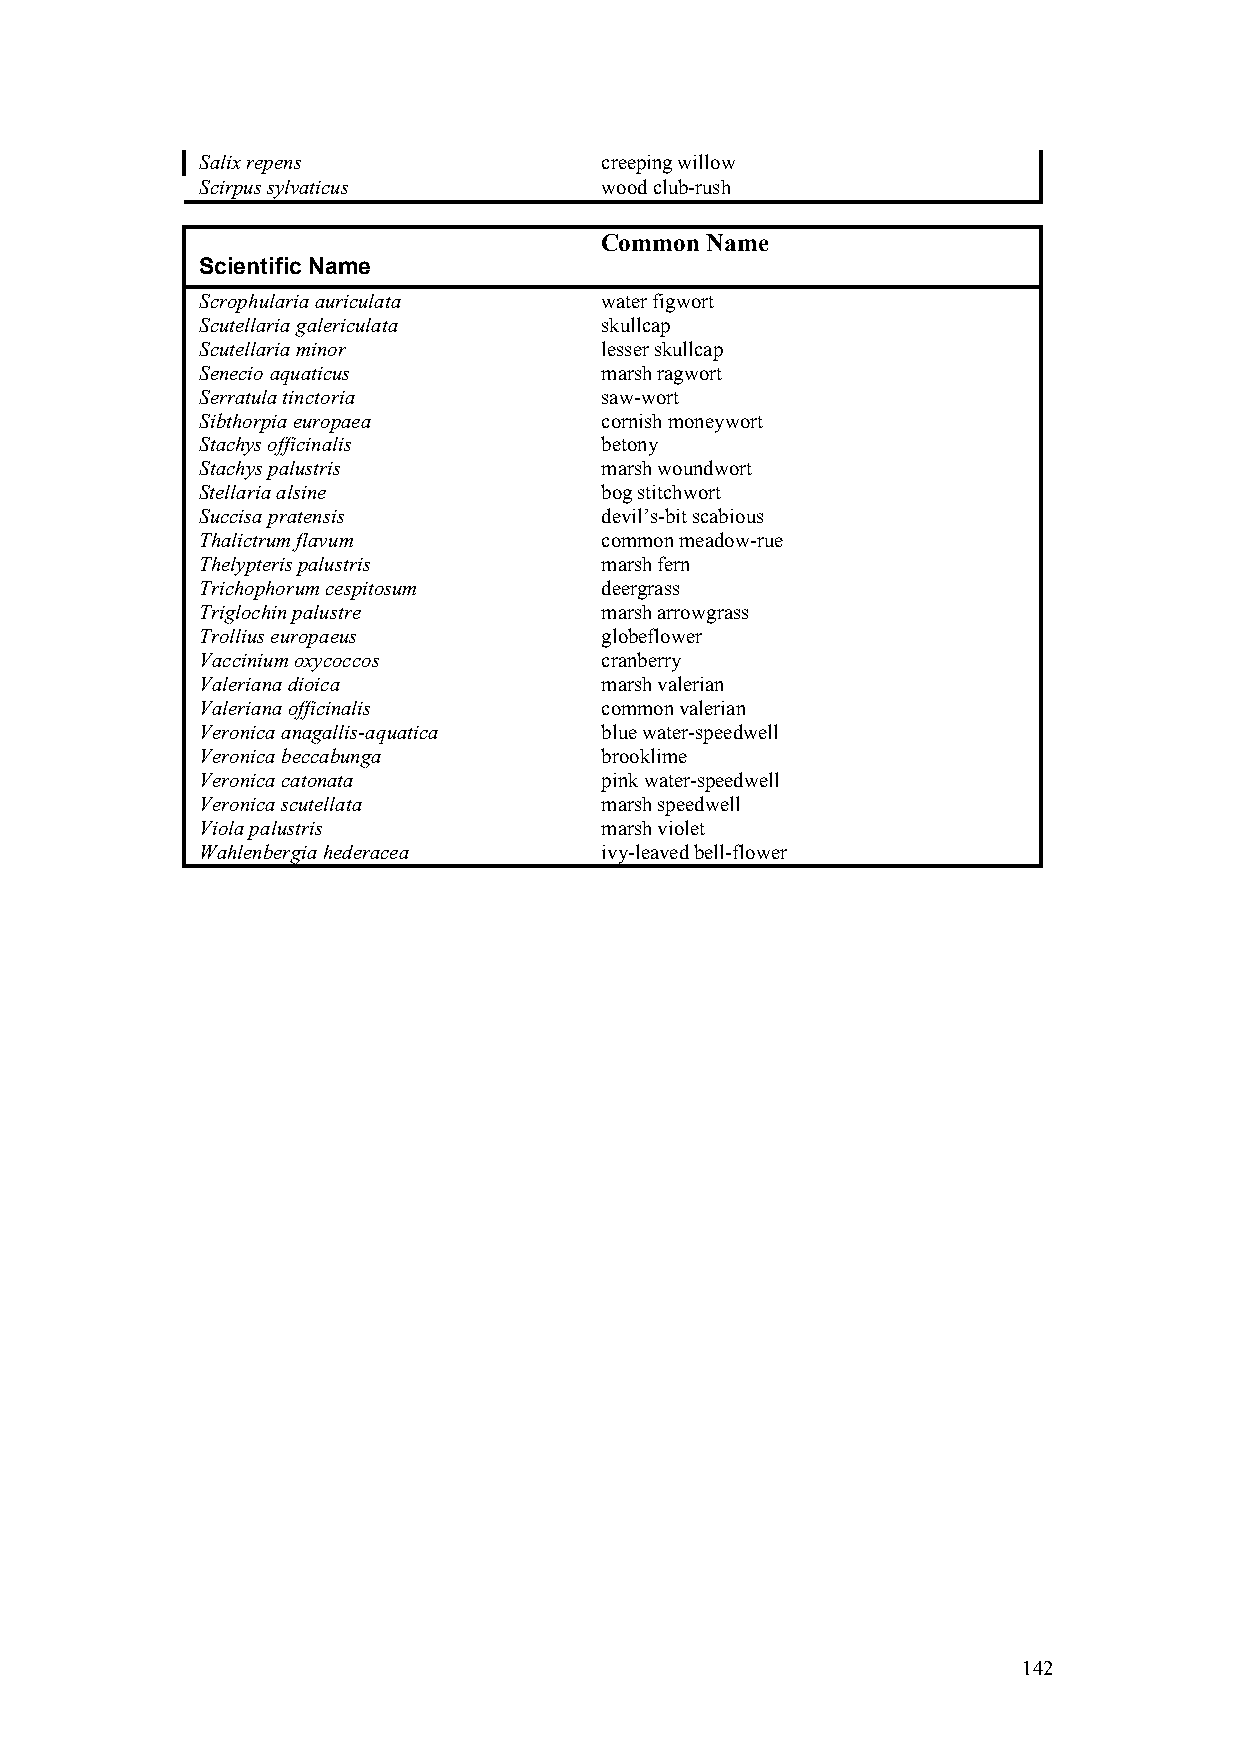
Salix repens               creeping willow
 Scirpus sylvaticus         wood club-rush
 Common Name
 Scientific Name
 Scrophularia auriculata    water figwort
 Scutellaria galericulata   skullcap
 Scutellaria minor          lesser skullcap
 Senecio aquaticus          marsh ragwort
 Serratula tinctoria        saw-wort
 Sibthorpia europaea        cornish moneywort
 Stachys officinalis        betony
 Stachys palustris          marsh woundwort
 Stellaria alsine           bog stitchwort
 Succisa pratensis          devil’s-bit scabious
 Thalictrum flavum          common meadow-rue
 Thelypteris palustris      marsh fern
 Trichophorum cespitosum    deergrass
 Triglochin palustre        marsh arrowgrass
 Trollius europaeus         globeflower
 Vaccinium oxycoccos        cranberry
 Valeriana dioica           marsh valerian
 Valeriana officinalis      common valerian
 Veronica anagallis-aquatica blue water-speedwell
 Veronica beccabunga        brooklime
 Veronica catonata          pink water-speedwell
 Veronica scutellata        marsh speedwell
 Viola palustris            marsh violet
 Wahlenbergia hederacea     ivy-leaved bell-flower
 142